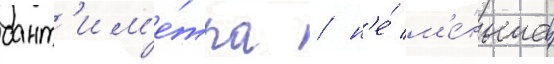
сант'им'е́тра / н'е́ м'е́ньше